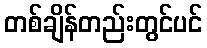
တစ်ချိန်တည်းတွင်ပင်